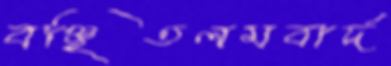
বঞ্ছিতলমবার্দ